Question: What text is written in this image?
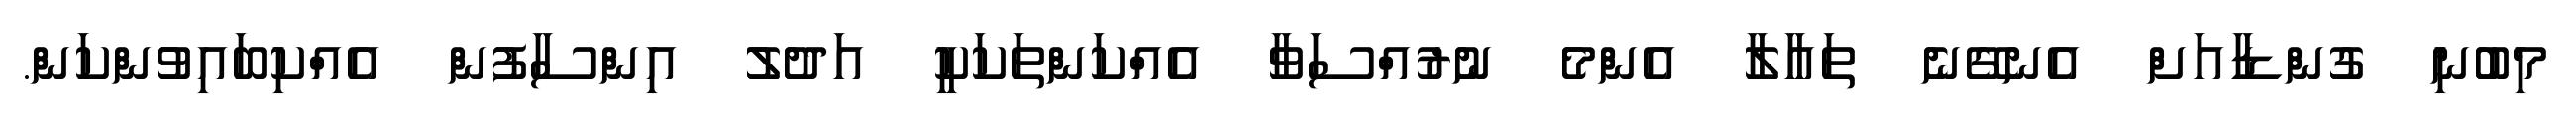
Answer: މިބުނި ގުންޑާއަށް އެނގޭނެ ތައާލާ އެންމެ ނުރުއްސަވާ އެއްކަންތަކަކީ އަދުލު އިންސާފުން އެއްކިބައިވުންކަން.